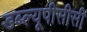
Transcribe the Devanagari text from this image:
डब्ल्यूपीसीसी